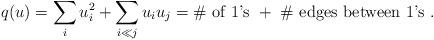
LaTeX: \begin{align*}q(u) = \sum_i u_i^2 + \sum_{i \ll j} u_i u_j = \# \mbox{ of 1's} \ + \ \# \mbox{ edges between 1's} \ .\end{align*}